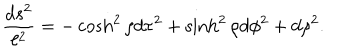
LaTeX: { \frac { d s ^ { 2 } } { \ell ^ { 2 } } } = - \cosh ^ { 2 } \rho d \tau ^ { 2 } + \sinh ^ { 2 } \rho d \phi ^ { 2 } + d \rho ^ { 2 } .